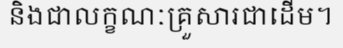
និងជាលក្ខណៈគ្រួសារជាដើម។